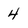
Character: 4